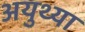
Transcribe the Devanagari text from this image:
अयुथ्या